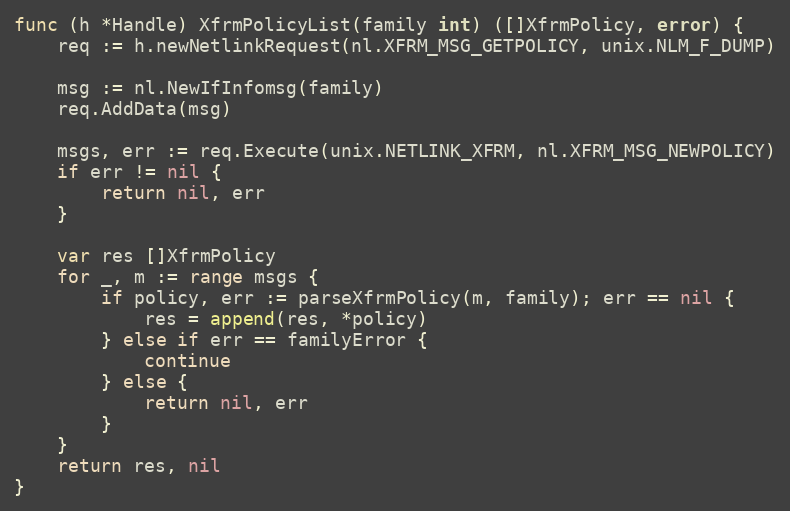
Language: Go
func (h *Handle) XfrmPolicyList(family int) ([]XfrmPolicy, error) {
	req := h.newNetlinkRequest(nl.XFRM_MSG_GETPOLICY, unix.NLM_F_DUMP)

	msg := nl.NewIfInfomsg(family)
	req.AddData(msg)

	msgs, err := req.Execute(unix.NETLINK_XFRM, nl.XFRM_MSG_NEWPOLICY)
	if err != nil {
		return nil, err
	}

	var res []XfrmPolicy
	for _, m := range msgs {
		if policy, err := parseXfrmPolicy(m, family); err == nil {
			res = append(res, *policy)
		} else if err == familyError {
			continue
		} else {
			return nil, err
		}
	}
	return res, nil
}